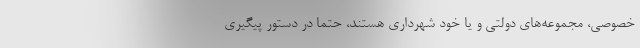
خصوصی، مجموعه‌های دولتی و یا خود شهرداری هستند، حتما در دستور پیگیری